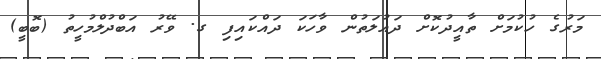
މަރުގެ ހުކުމަށް ތާއީދުކޮށް ދައުލަތުން ވާހަކަ ދައްކައިފި ގ. ވޭރު އަބްދުލްމުހީތު (ބޮބީ)